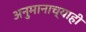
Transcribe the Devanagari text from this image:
अनुमानाच्याही